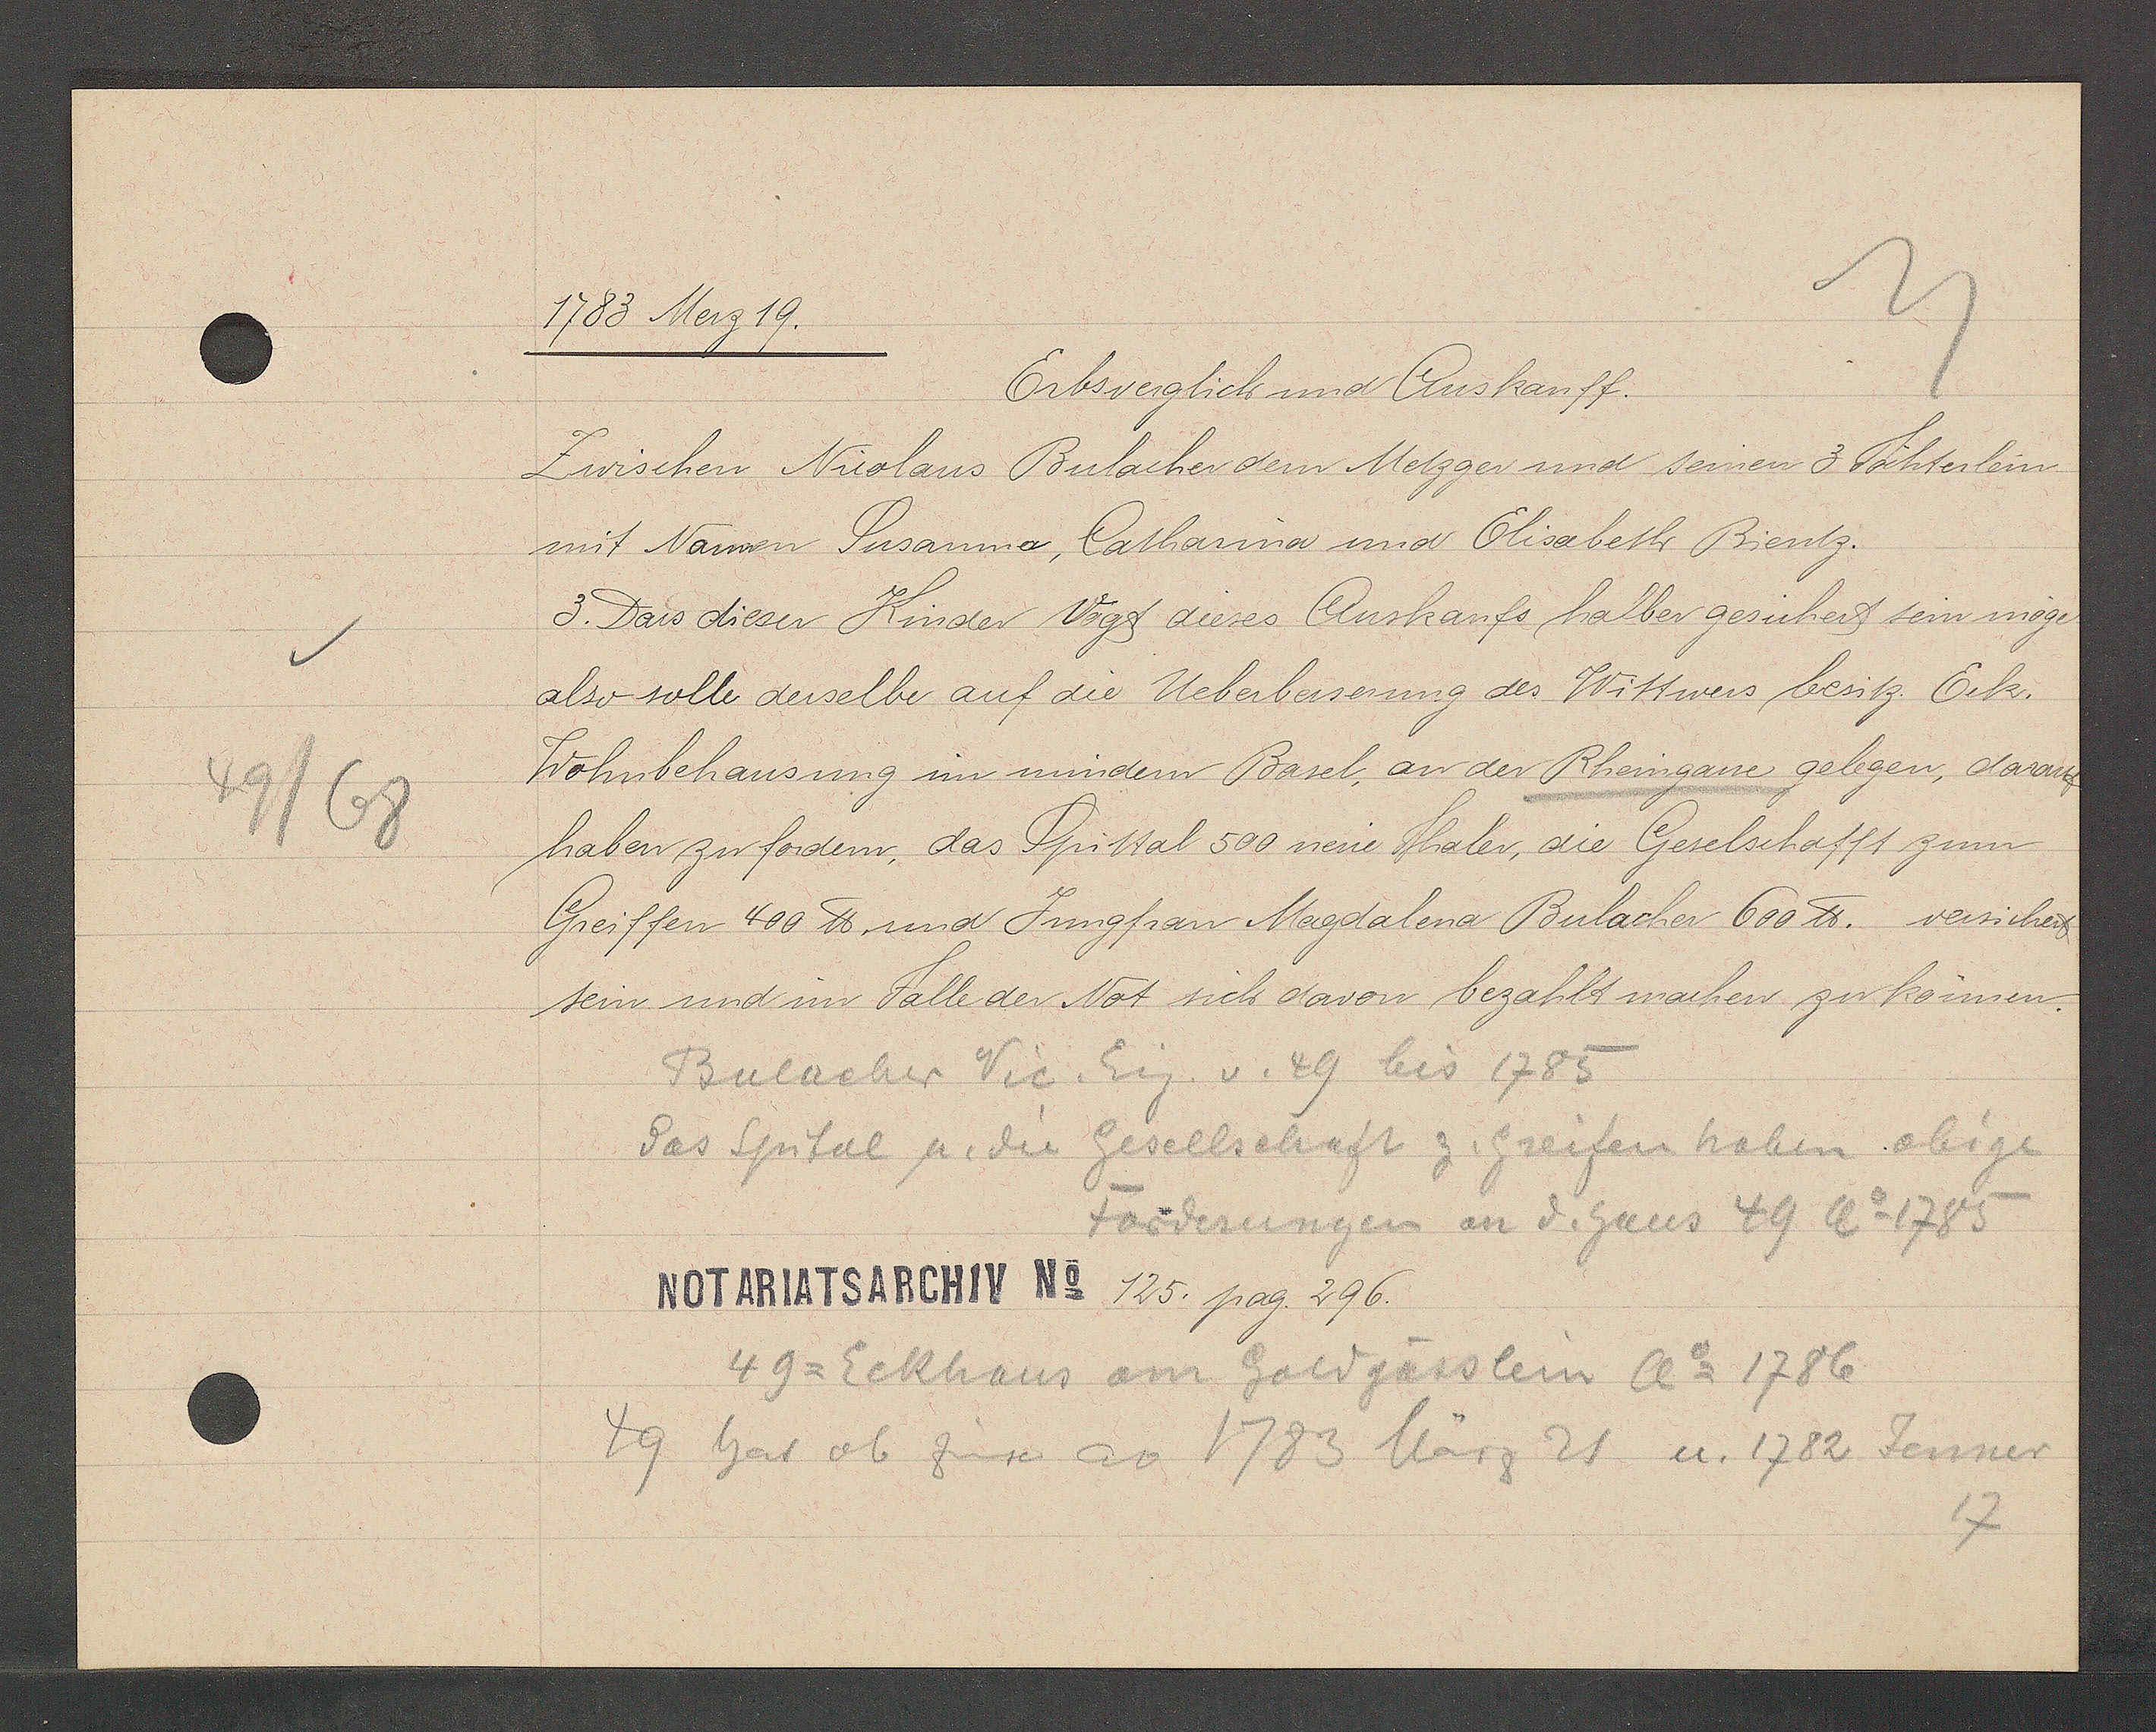
Transcript:
49/68

1783 Merz 19.

Erbsverglich und Auskauff.
Zwischen Nicolaus Bulacher dem Metzger und seinen 3 Töchterlein,
mit Namen Susanna, Catharina und Elisabeth Bientz.
3. Das diesen Kinder Vogt dieses Auskaufs halber gesichert sein möge
also solle derselbe auf die Ueberbesserung des Wittwers besitz. Eck.
Wohnbehausung im mindern Basel, an der Rheingasse gelegen, darauf
haben zu fordern, das Spittal 500 neue Thaler, die Geselschafft zum
Greiffen 400 ℔ und Jungfrau Magdalena Bulacher 600 ℔ versichert
sein und im Falle der Not sich davon bezahlt machen zu konnen.

Bulacher Vic. Eig. v. 49 bis 1785
das Spital u. die Gesellschaft z. Greifen haben obige
Forderungen an d. haus 49 Ao 1785

Notariatsarchiv No 125 pag. 296.

49. Eckhaus am Goldgasslein Ao 1786
49 hat ob Zinse ao 1783 März 21 u 1782 Jenner
17